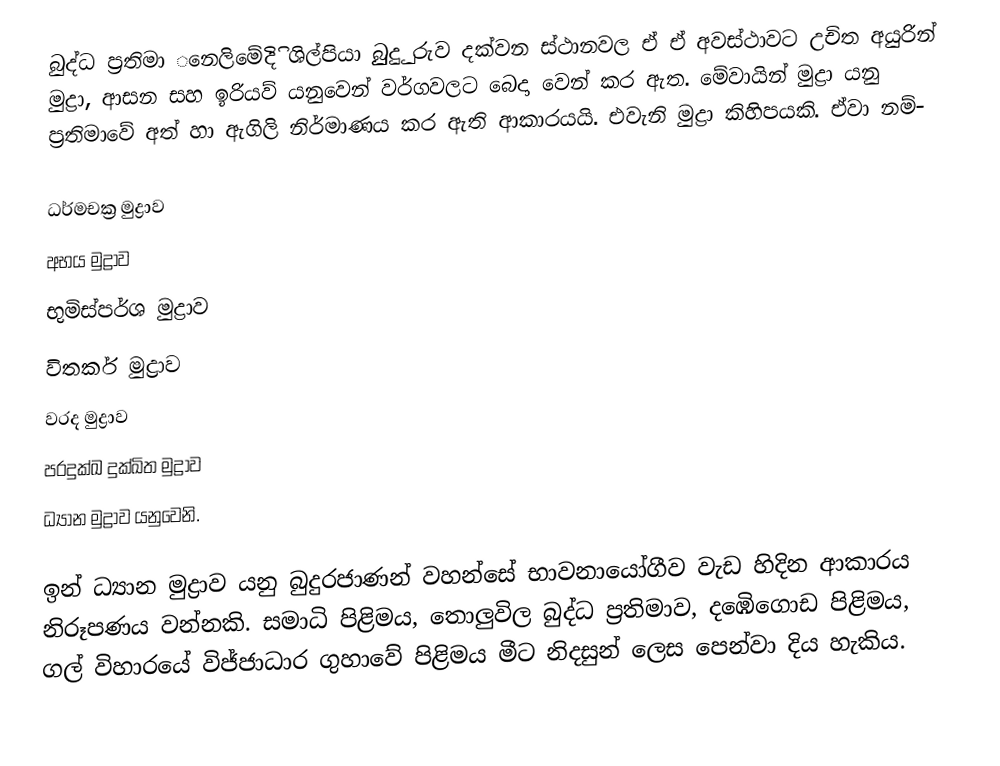
බුද්ධ ප්‍රතිමා ‌‌නෙලිමේදිි ශිල්පියා බුුුදුු රුව දක්වන ස්ථානවල ඒ ඒ අවස්ථාවට උචිත අයුරින් මුද්‍රා, ආසන සහ ඉරියව් යනුවෙන් වර්ගවලට ‌බෙදා ‌වෙන් කර ඇත. ‌මේවායින් මුද්‍රා යනු ප්‍රතිමාවේ අත් හා ඇගිලි නිර්මාණය කර ඇති ආකාරයයි. එවැනි මුද්‍රා කිහිපයකි. ඒවා නම්-

 ධර්මචක්‍ර මුද්‍රාව
 අභය මුද්‍රාව
 භුමිස්පර්ශ මුද්‍රාව
 විතර්ක මුද්‍රාව
 වරද මුද්‍රාව
 පරදුක්ඛ දුක්ඛිත මුද්‍රාව
 ධ්‍යාන මුද්‍රාව යනුවෙනි.

ඉන් ධ්‍යාන මුද්‍රාව යනු බුදුරජාණන් වහන්සේ භාවනායෝගීව වැඩ හිදින ආකාරය නිරූපණය වන්නකි. සමාධි පිළිමය, ‌තොලුවිල බුද්ධ ප්‍රතිමාව, දඹෙිගොඩ පිළිමය, ගල් විහාරයේ විජ්ජාධාර ගුහාවේ පිළිමය මීට නිදසුන් ‌ලෙස ‌පෙන්වා දිය හැකිය.